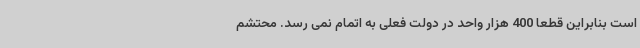
است بنابراین قطعاً 400 هزار واحد در دولت فعلی به اتمام نمی رسد. محتشم